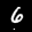
Label: 6